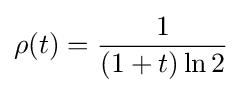
\rho (t)={\frac {1}{(1+t)\ln 2}}